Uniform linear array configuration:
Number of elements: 32
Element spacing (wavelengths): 0.5
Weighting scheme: blackman
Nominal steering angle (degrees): -60
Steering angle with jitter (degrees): -60.818
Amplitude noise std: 0.05
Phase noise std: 0.05

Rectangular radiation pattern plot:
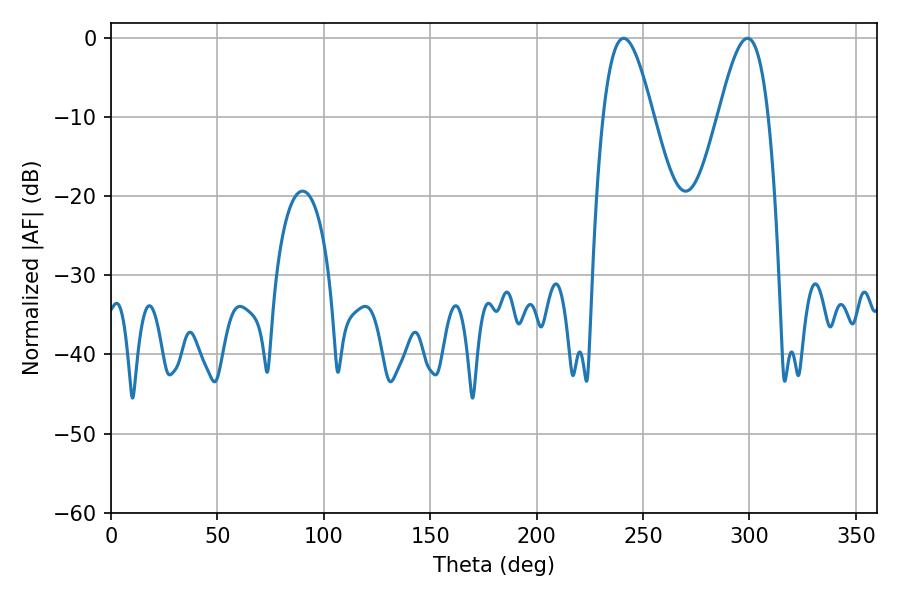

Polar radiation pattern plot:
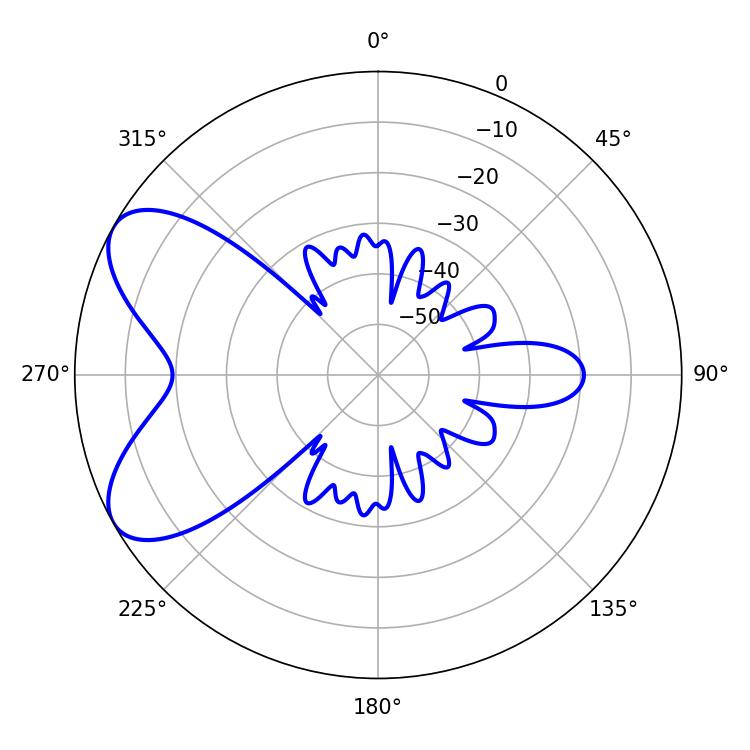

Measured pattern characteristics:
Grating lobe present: FALSE
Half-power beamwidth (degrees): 12.6
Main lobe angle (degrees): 299.16